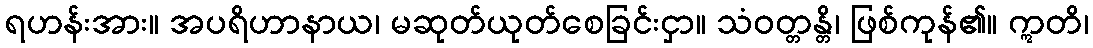
ရဟန်းအား။ အပရိဟာနာယ၊ မဆုတ်ယုတ်စေခြင်းငှာ။ သံဝတ္တန္တိ၊ ဖြစ်ကုန်၏။ ဣတိ၊